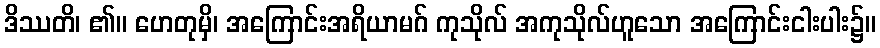
ဒိဿတိ၊ ၏။ ဟေတုမှိ၊ အကြောင်းအရိယာမဂ် ကုသိုလ် အကုသိုလ်ဟူသော အကြောင်းငါးပါး၌။